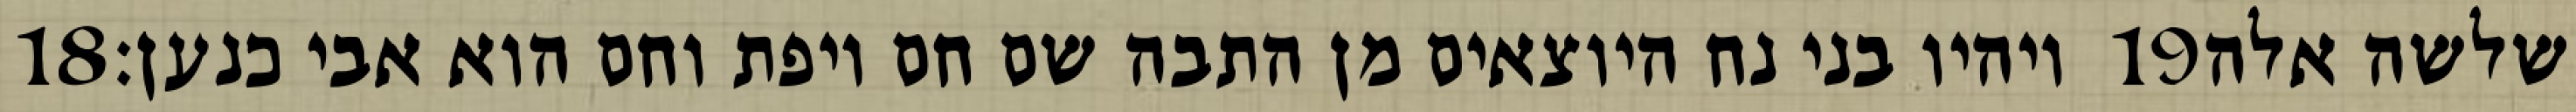
‎18‏ ויהיו בני נח היוצאים מן התבה שם חם ויפת וחם הוא אבי כנען׃ ‎19‏ שלשה אלה